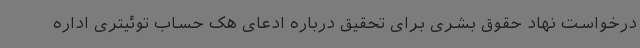
درخواست نهاد حقوق بشری برای تحقیق درباره ادعای هک حساب توئیتری اداره